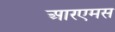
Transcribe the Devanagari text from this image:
आरएमस